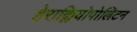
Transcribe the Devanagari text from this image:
हेराक्लियोपोलिटन